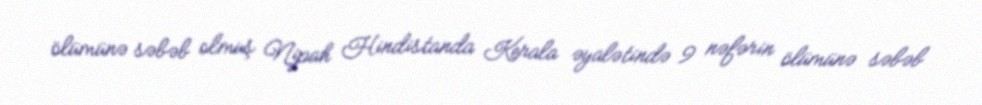
ölümünə səbəb olmuş Nipah Hindistanda Kerala əyalətində 9 nəfərin ölümünə səbəb